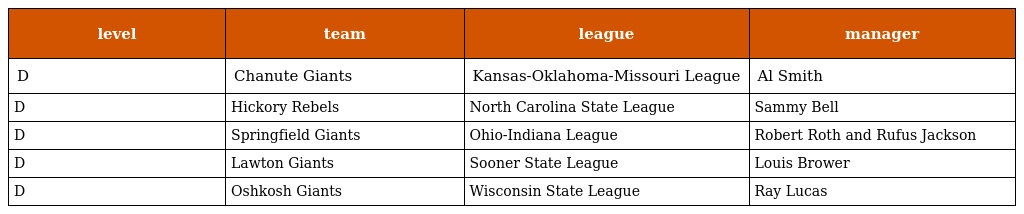
| level | team | league | manager |
 | --- | --- | --- | --- |
 | D | Chanute Giants | Kansas-Oklahoma-Missouri League | Al Smith |
 | D | Hickory Rebels | North Carolina State League | Sammy Bell |
 | D | Springfield Giants | Ohio-Indiana League | Robert Roth and Rufus Jackson |
 | D | Lawton Giants | Sooner State League | Louis Brower |
 | D | Oshkosh Giants | Wisconsin State League | Ray Lucas |